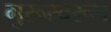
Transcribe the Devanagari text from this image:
गुरूस्वरूप